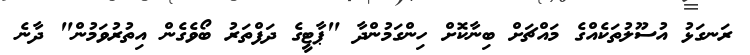
ރަނގަޅު އުސޫލުތަކެއްގެ މައްޗަށް ބިނާކޮށް ހިންގަމުންދާ "ޕާޓީގެ ދަފްތަރު ބޯވެގެން އިތުރުވަމުން" ދާނެ